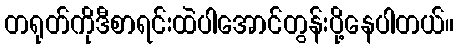
တရုတ်ကိုဒီစာရင်းထဲပါအောင်တွန်းပို့နေပါတယ်။